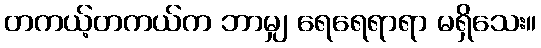
တကယ့်တကယ်က ဘာမျှ ရေရေရာရာ မရှိသေး။